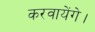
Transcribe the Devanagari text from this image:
करवायेंगे।